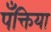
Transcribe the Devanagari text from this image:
पँक्तिया